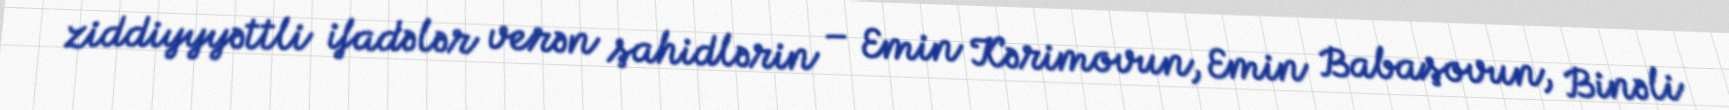
ziddiyyyəttli ifadələr verən şahidlərin – Emin Kərimovun, Emin Babaşovun, Binəli